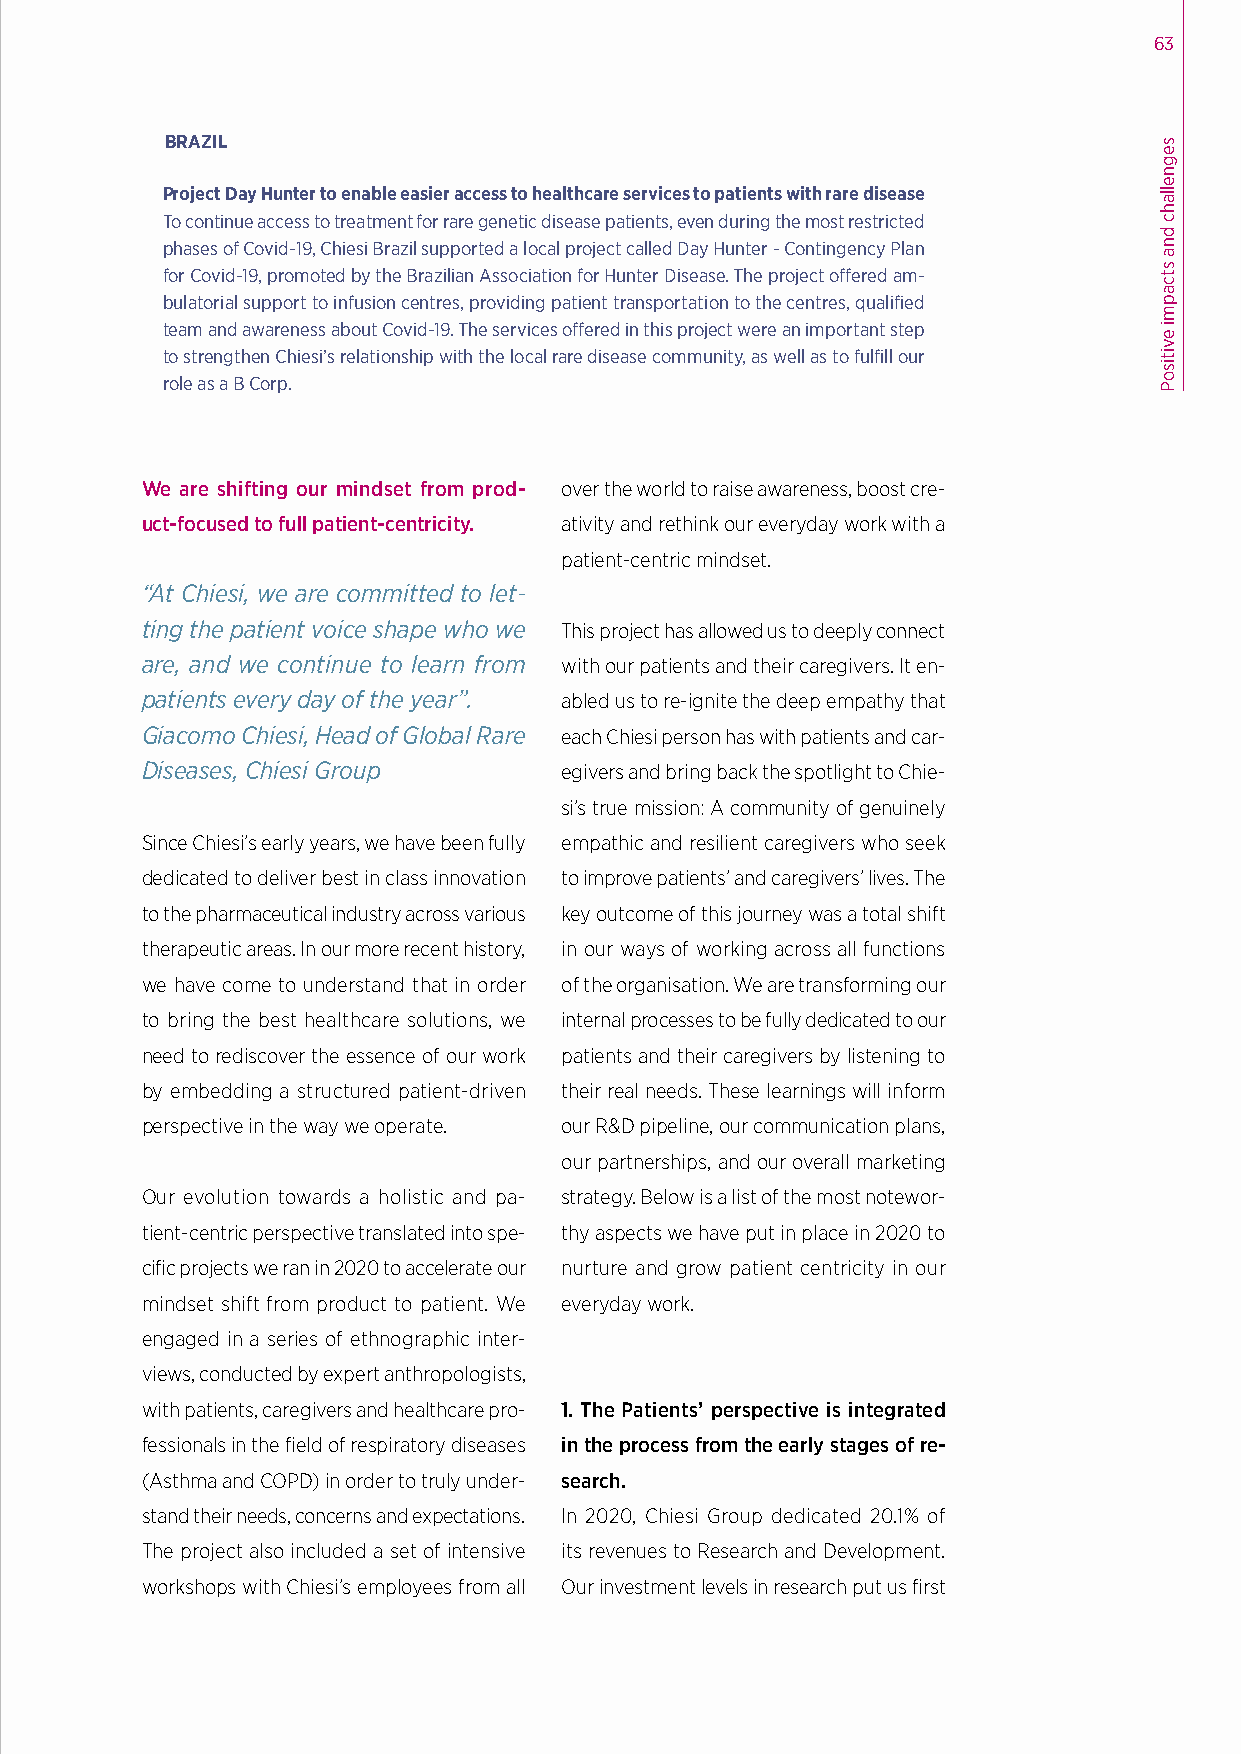
63
 BRAZIL
 Project Day Hunter to enable easier access to healthcare services to patients with rare disease
 To continue access to treatment for rare genetic disease patients, even during the most restricted
 phases of Covid-19, Chiesi Brazil supported a local project called Day Hunter - Contingency Plan
 for Covid-19, promoted by the Brazilian Association for Hunter Disease. The project offered am-
 bulatorial support to infusion centres, providing patient transportation to the centres, qualified
 team and awareness about Covid-19. The services offered in this project were an important step
 to strengthen Chiesi’s relationship with the local rare disease community, as well as to fulfill our
 role as a B Corp.
 We are shifting our mindset from prod- over the world to raise awareness, boost cre-
 uct-focused to full patient-centricity. ativity and rethink our everyday work with a
 patient-centric mindset.
 “At Chiesi, we are committed to let-
 ting the patient voice shape who we This project has allowed us to deeply connect
 are, and we continue to learn from with our patients and their caregivers. It en-
 patients every day of the year”. abled us to re-ignite the deep empathy that
 Giacomo Chiesi, Head of Global Rare each Chiesi person has with patients and car-
 Diseases, Chiesi Group      egivers and bring back the spotlight to Chie-
 si’s true mission: A community of genuinely
 Since Chiesi’s early years, we have been fully empathic and resilient caregivers who seek
 dedicated to deliver best in class innovation to improve patients’ and caregivers’ lives. The
 to the pharmaceutical industry across various key outcome of this journey was a total shift
 therapeutic areas. In our more recent history, in our ways of working across all functions
 we have come to understand that in order of the organisation. We are transforming our
 to bring the best healthcare solutions, we internal processes to be fully dedicated to our
 need to rediscover the essence of our work patients and their caregivers by listening to
 by embedding a structured patient-driven their real needs. These learnings will inform
 perspective in the way we operate. our R&D pipeline, our communication plans,
 our partnerships, and our overall marketing
 Our evolution towards a holistic and pa- strategy. Below is a list of the most notewor-
 tient-centric perspective translated into spe- thy aspects we have put in place in 2020 to
 cific projects we ran in 2020 to accelerate our nurture and grow patient centricity in our
 mindset shift from product to patient. We everyday work.
 engaged in a series of ethnographic inter-
 views, conducted by expert anthropologists,
 with patients, caregivers and healthcare pro- 1. The Patients’ perspective is integrated
 fessionals in the field of respiratory diseases in the process from the early stages of re-
 (Asthma and COPD) in order to truly under- search.
 stand their needs, concerns and expectations. In 2020, Chiesi Group dedicated 20.1% of
 The project also included a set of intensive its revenues to Research and Development.
 workshops with Chiesi’s employees from all Our investment levels in research put us first
 segnellahc
 dna
 stcapmi
 evitisoP